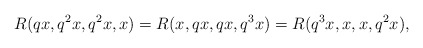
\begin{align*} R(qx, q^{2}x, q^{2}x, x)=R(x, qx, qx, q^{3}x)=R(q^{3}x, x, x, q^{2}x), \end{align*}